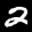
Label: 2